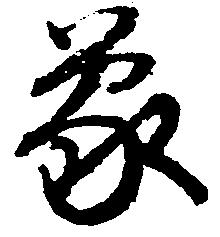
蒙